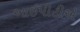
આઈપીટીએ